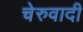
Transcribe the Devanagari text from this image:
चेरुवादी